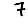
Digit: 7